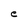
Character: e